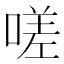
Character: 嗟